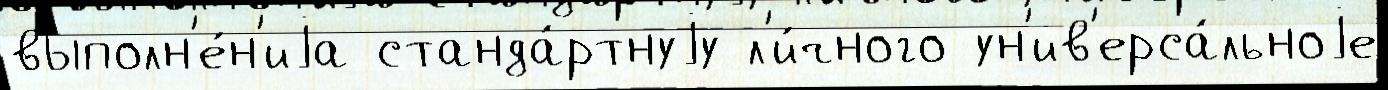
выполн'е́н'иjа станда́ртнуjу л'и́чного ун'ив'ерса́льноjе